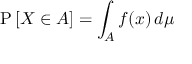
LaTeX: \operatorname { P } \left[ X \in A \right] = \int _ { A } f ( x ) \, d \mu